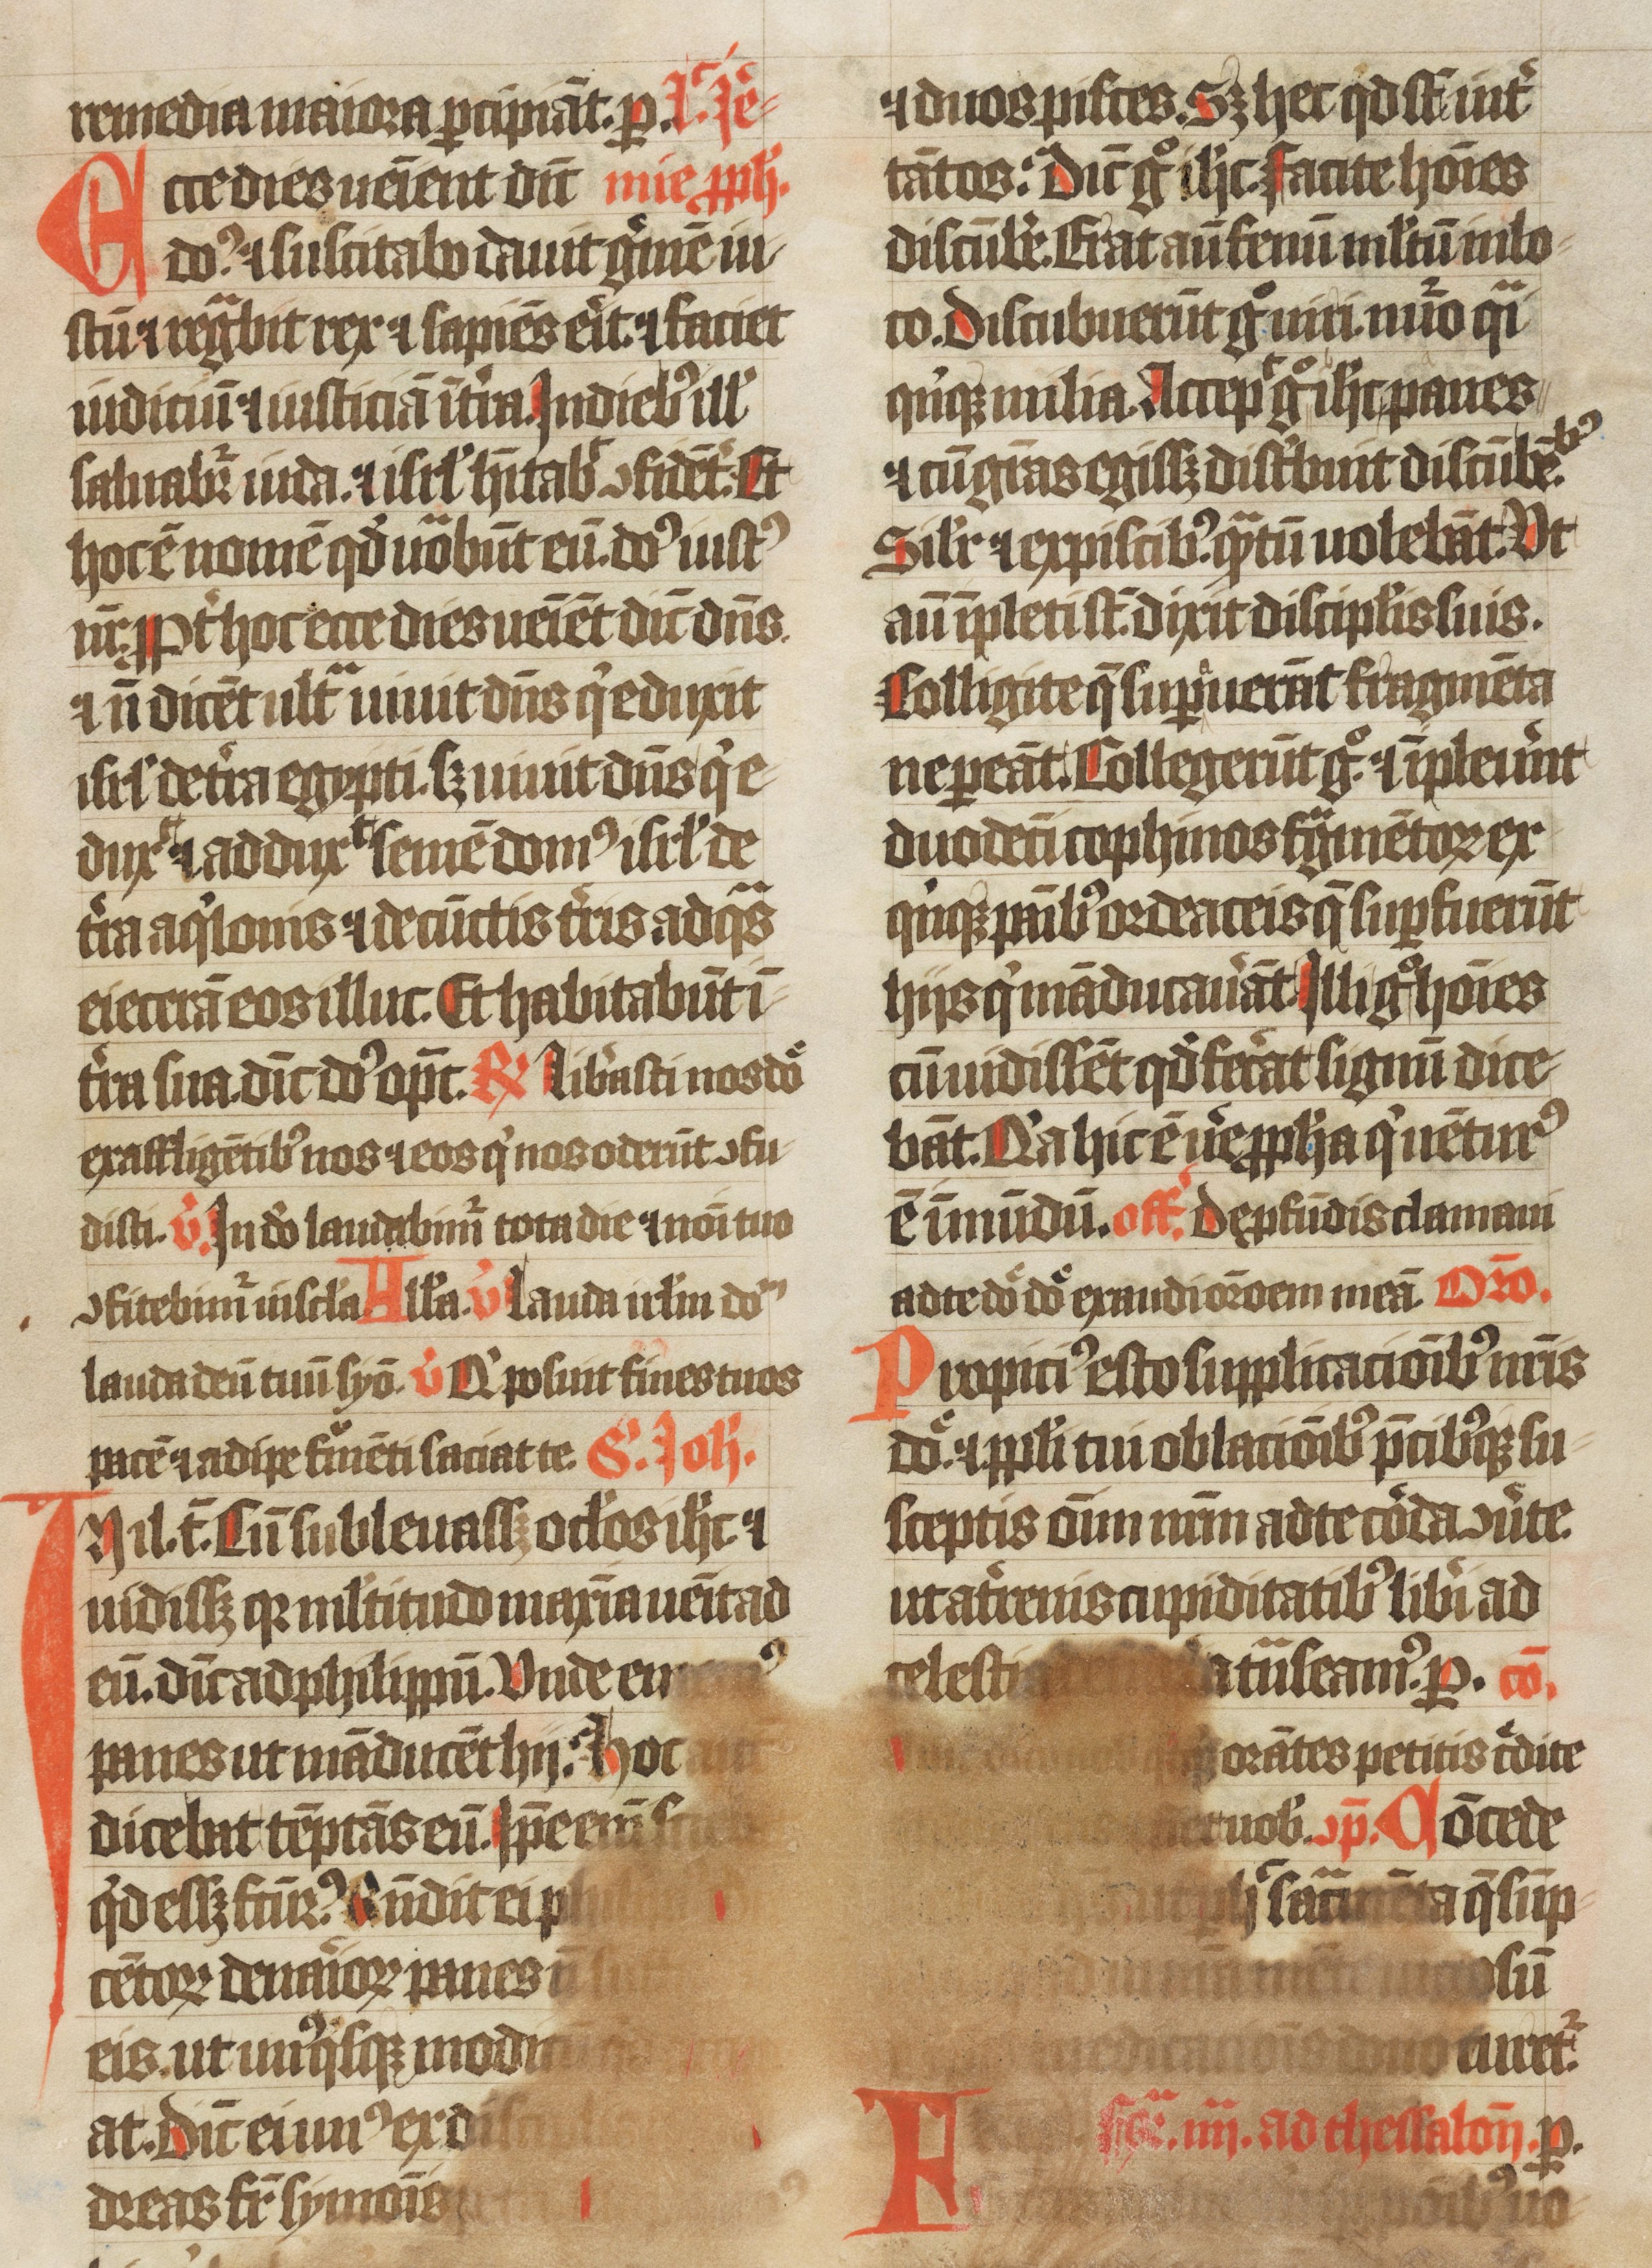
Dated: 1438–1439